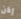
إذن